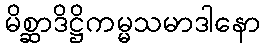
မိစ္ဆာဒိဋ္ဌိကမ္မသမာဒါနော